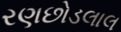
રણછોડલાલ